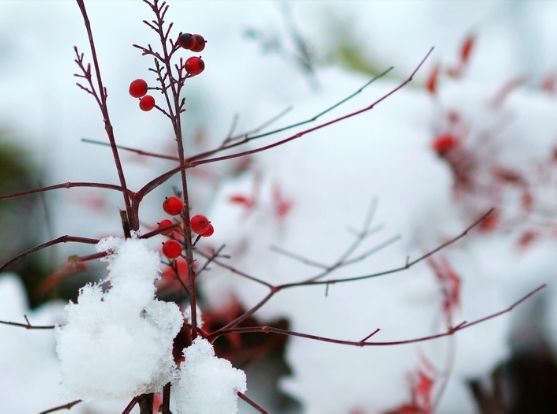
初报边烽照石头，旋闻胡马集瓜州。